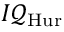
I { \mathcal { Q } } _ { \mathrm { H u r } }